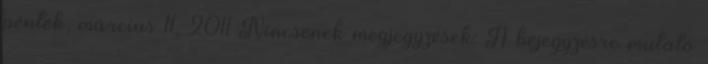
péntek, március 11, 2011 Nincsenek megjegyzések: A bejegyzésre mutató